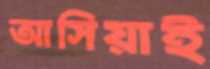
আসিয়াই